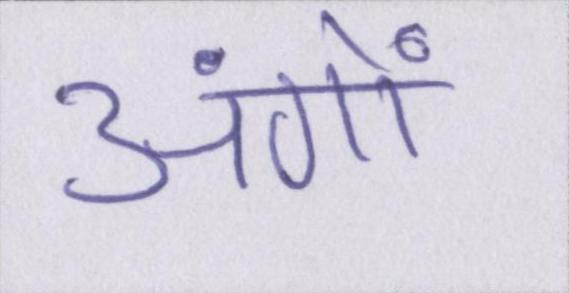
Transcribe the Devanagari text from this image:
अंगों